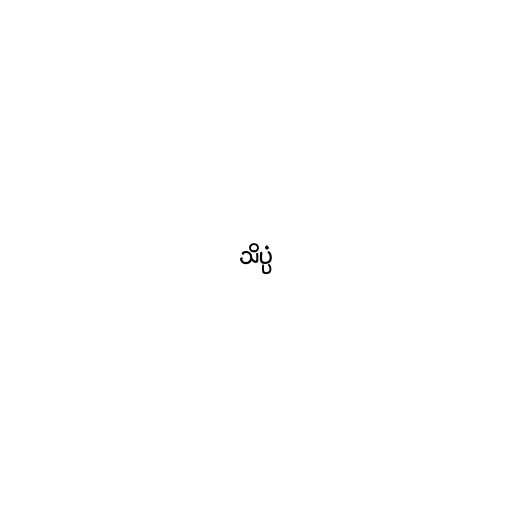
သိပ္ပံ